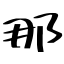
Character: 那